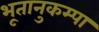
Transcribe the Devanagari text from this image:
भूतानुकम्पा